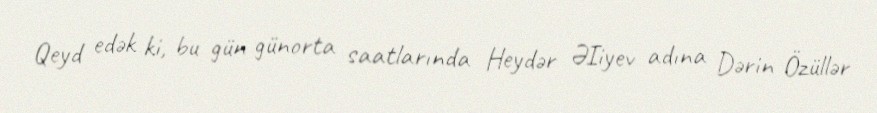
Qeyd edək ki, bu gün günorta saatlarında Heydər ƏIiyev adına Dərin Özüllər